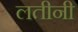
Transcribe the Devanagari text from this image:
लतीनी